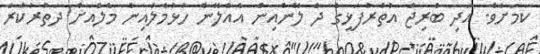
ކަމަށެވެ. އަދި ބްރިޖް އުތުރުފަޅީގެ ދެ ލޭންއިން އެއްލޭން ހުޅުމާލެއިން މާލެއަށް ދަތުރުކުރާ